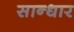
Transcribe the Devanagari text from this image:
सान्धार